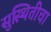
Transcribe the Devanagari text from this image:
सुस्थितीचा